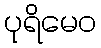
ပုရိမေဝ